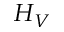
H _ { V }